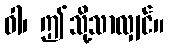
ဝါ၊ ဤသို့သာလျှင်။